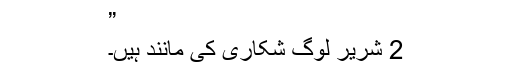
”
2 شریر لوگ شکاری کی مانند ہیں۔